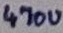
Text: 470u